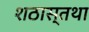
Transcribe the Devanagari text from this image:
शठास्तथा